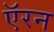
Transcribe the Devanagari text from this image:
ऍरन